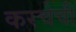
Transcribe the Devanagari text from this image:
करचेची